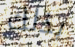
بذلك